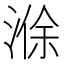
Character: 𪶢